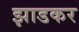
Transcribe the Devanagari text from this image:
झाडकर